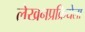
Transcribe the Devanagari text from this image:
लेखनप्रक्रियेला